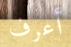
أعرف